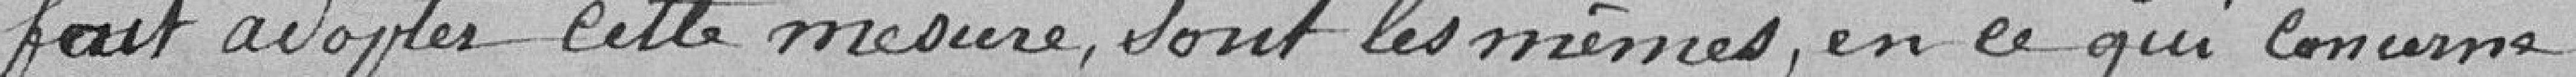
fait adopté cette mesure, sont les mêmes en ce qui concerne